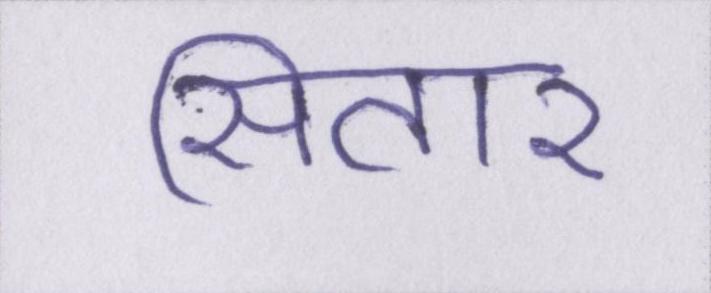
सितार